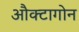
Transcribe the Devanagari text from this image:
औक्टागोन